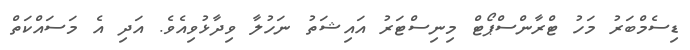
ޑިސެމްބަރު މަހު ޓްރާންސްޕޯޓް މިނިސްޓަރު އައިޝަތު ނަހުލާ ވިދާޅުވިއެވެ. އަދި އެ މަސައްކަތް